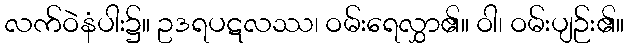
လက်ဝဲနံပါး၌။ ဥဒရပဋလဿ၊ ဝမ်းရေလွှာ၏။ ဝါ၊ ဝမ်းပျဉ်း၏။